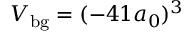
V _ { \mathrm { b g } } = ( - 4 1 a _ { 0 } ) ^ { 3 }